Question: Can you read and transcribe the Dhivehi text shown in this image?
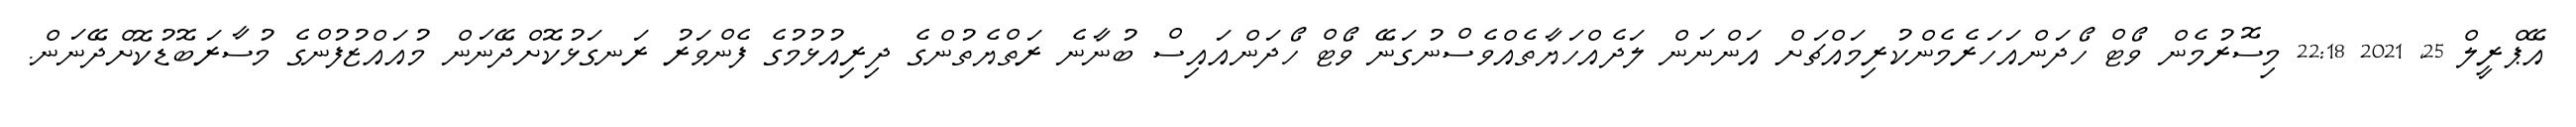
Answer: އޭޕްރީލް 25, 2021 22:18 މިސޮރުމެން ވޯޓް ހޯދަންއަހަރެމެންކުރިމައްޗަށް އަންނަން ލަދެއްހަޔާތެއްވެސްނުގަނޭ ވޯޓް ހޯދަންއައިސް ބުނާނެ ރަތްޔެތުންގެ ދިރިއުޅުމުގެ ފެންވަރު ރަނގަޅުކޮށްދޭނަން މުއައްޒުފުންގެ މުސާރަބޮޑުކޮށްދޭނަން.